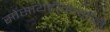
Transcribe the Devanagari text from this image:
सोसायटीमागील